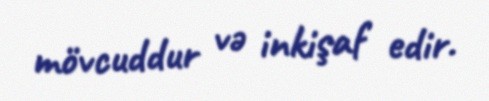
mövcuddur və inkişaf edir.